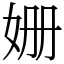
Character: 姗